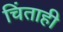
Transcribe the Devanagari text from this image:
चिंताही